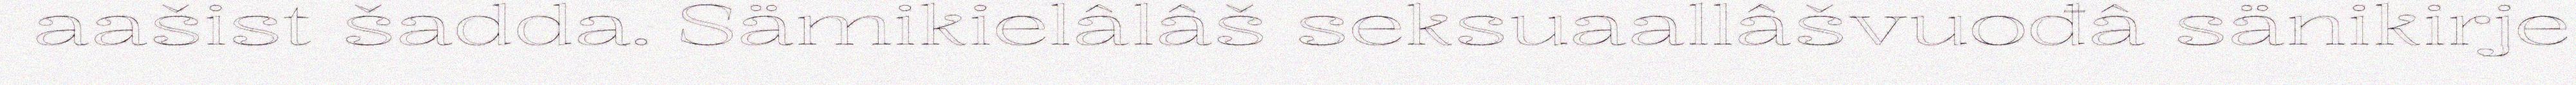
aašist šadda. Sämikielâlâš seksuaallâšvuođâ sänikirje